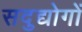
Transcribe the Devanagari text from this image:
सदुद्योगों